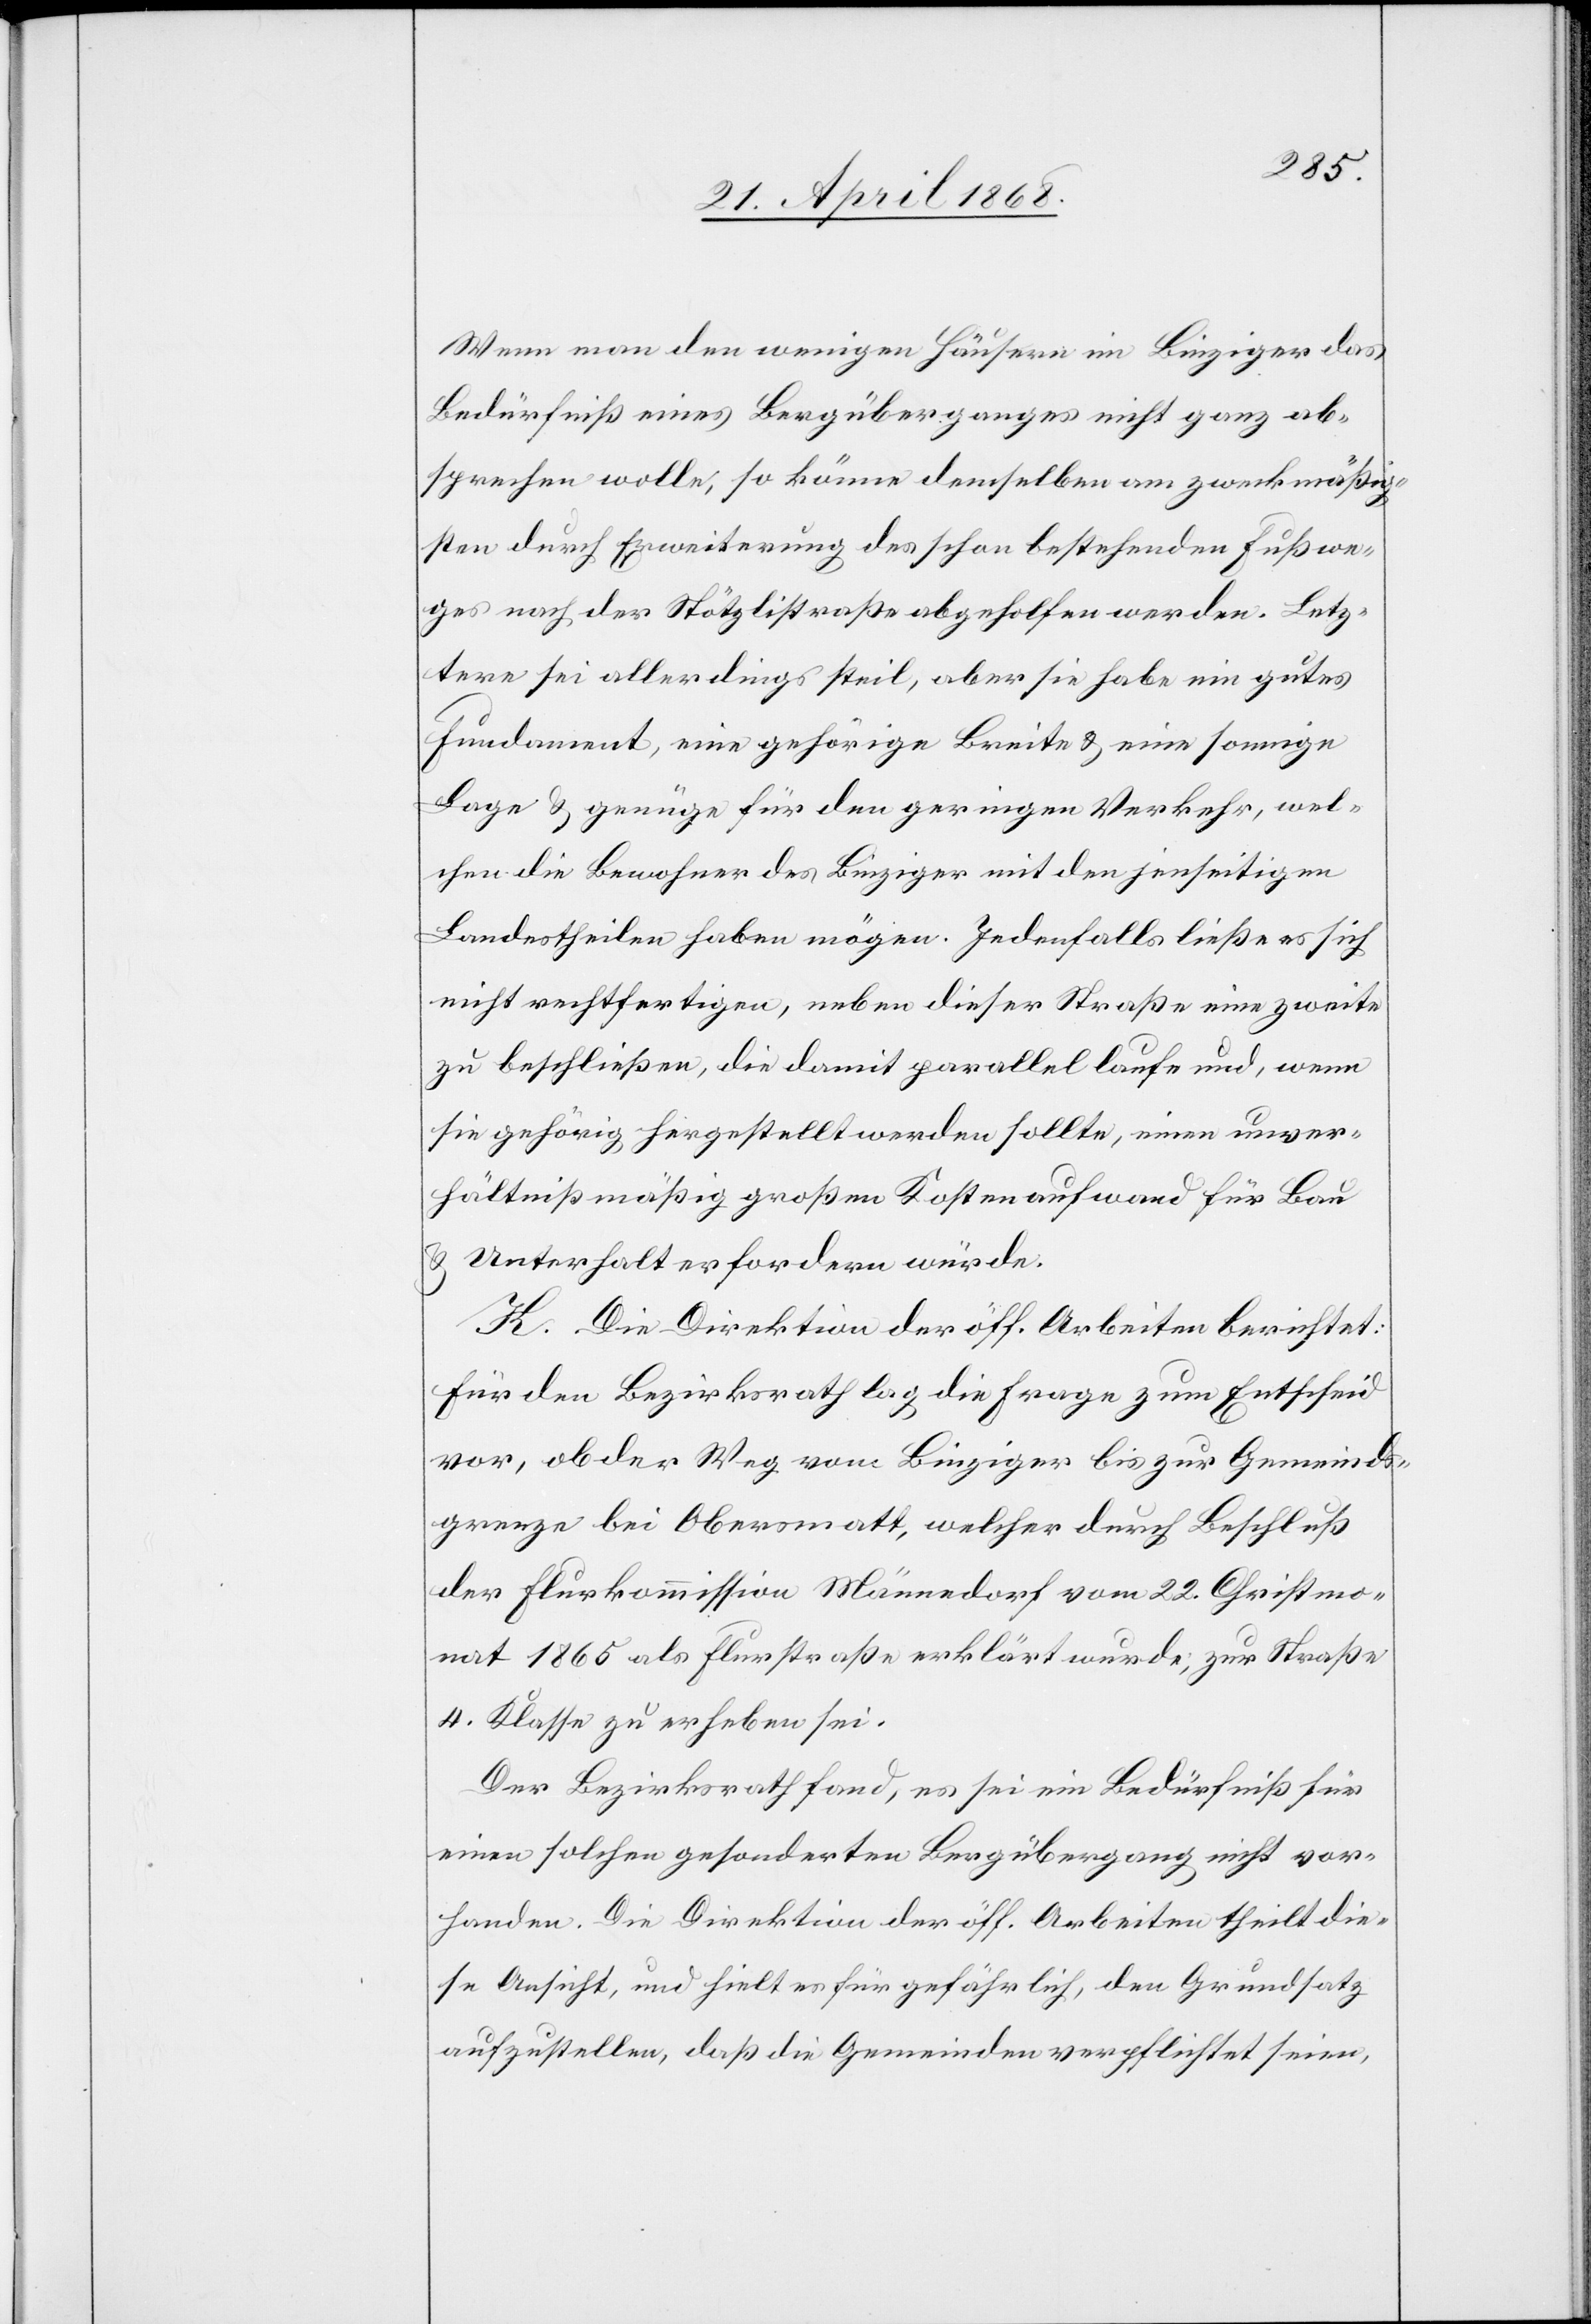
Wenn man den wenigen Häusern im Binziger das
Bedürfniß eines Bergüberganges nicht ganz ab¬
sprechen wolle, so könne demselben am zweckmäßig¬
sten durch Erweiterung des schon bestehenden Fußwe¬
ges nach der Stötzlistraße abgeholfen werden. Letz¬
tere sei allerdings steil, aber sie habe ein gutes
Fundament, eine gehörige Breite & eine sonnige
Lage & genüge für den geringen Verkehr, wel¬
chen die Bewohner des Binziger mit den jenseitigen
Landestheilen haben mögen. Jedenfalls ließe es sich
nicht rechtfertigen, neben dieser Straße eine zweite
zu beschließen, die damit parallel laufe und, wenn
sie gehörig hergestellt werden sollte, einen unver¬
hältnißmäßig großen Kostenaufwand für Bau
& Unterhalt erfordern würde.
K. Die Direktion der öff. Arbeiten berichtet:
Für den Bezirksrath lag die Frage zum Entscheid
vor, ob der Weg vom Binziger bis zur Gemeinds¬
grenze bei Obersmatt, welcher durch Beschluß
der Flurkommission Männedorf vom 22. Christmo¬
nat 1865 als Flurstraße erklärt wurde; zur Straße
4. Klasse zu erheben sei.
Der Bezirksrath fand, es sei ein Bedürfniß für
einen solchen gesonderten Bergübergang nicht vor¬
handen. Die Direktion der öff. Arbeiten theilt die¬
se Ansicht, und hielt es für gefährlich, den Grundsatz
aufzustellen, daß die Gemeinden verpflichtet seien,